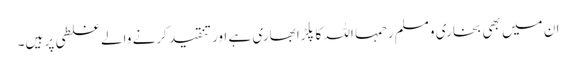
ان میں بھی بخاری ومسلم رحمہا اللہ کا پلڑا بھاری ہے اور تنقید کرنے والے غلطی پر ہیں۔